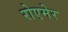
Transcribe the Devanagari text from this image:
रोएमेर